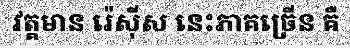
វត្តមាន រ៉េស៊ីស នេះភាគច្រើន គឺ